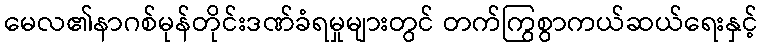
မေလ၏နာဂစ်မုန်တိုင်းဒဏ်ခံရမှုများတွင် တက်ကြွစွာကယ်ဆယ်ရေးနှင့်